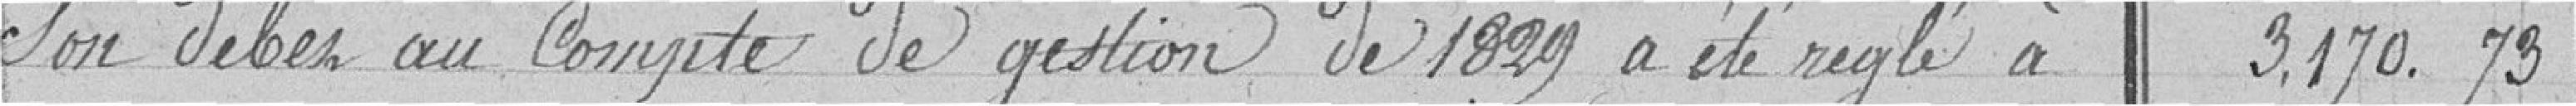
Son débit au Compte de gestion a été réglé à   3.170.79